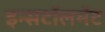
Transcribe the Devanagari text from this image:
इन्सटॉलमेंट